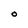
Character: O